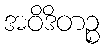
အဝိဒိတဉ္စ